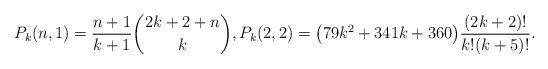
LaTeX: \begin{gather*}P_{k}(n,1)={n+1 \over k+1} {2k+2+n \choose k} ,P_{k}(2,2)= \big(79k^2+341k+360\big){(2k+2) ! \over k! (k+5)! }.\end{gather*}